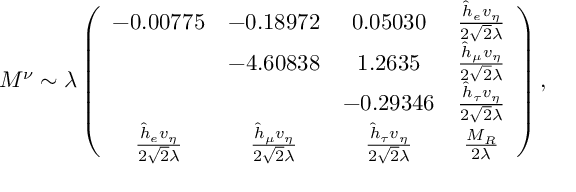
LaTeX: M ^ { \nu } \sim \lambda \left( \begin{array} { c c c c } { { - 0 . 0 0 7 7 5 } } & { { - 0 . 1 8 9 7 2 } } & { { 0 . 0 5 0 3 0 } } & { { \frac { \hat { h } _ { e } v _ { \eta } } { 2 \sqrt 2 \lambda } } } \\ { { } } & { { - 4 . 6 0 8 3 8 } } & { { 1 . 2 6 3 5 } } & { { \frac { \hat { h } _ { \mu } v _ { \eta } } { 2 \sqrt 2 \lambda } } } \\ { { } } & { { } } & { { - 0 . 2 9 3 4 6 } } & { { \frac { \hat { h } _ { \tau } v _ { \eta } } { 2 \sqrt 2 \lambda } } } \\ { { \frac { \hat { h } _ { e } v _ { \eta } } { 2 \sqrt 2 \lambda } } } & { { \frac { \hat { h } _ { \mu } v _ { \eta } } { 2 \sqrt 2 \lambda } } } & { { \frac { \hat { h } _ { \tau } v _ { \eta } } { 2 \sqrt 2 \lambda } } } & { { \frac { M _ { R } } { 2 \lambda } } } \end{array} \right) ,